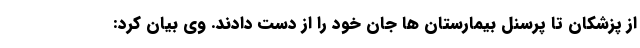
از پزشکان تا پرسنل بیمارستان ها جان خود را از دست دادند. وی بیان کرد: